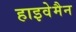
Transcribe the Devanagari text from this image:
हाइवेमैन